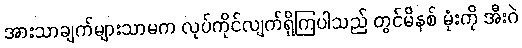
အားသာချက်များသာမက လုပ်ကိုင်လျက်ရှိကြပါသည် တွင်မိနစ် မုံးကို အီးဂဲ